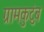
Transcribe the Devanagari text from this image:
ग्रामकुटुंब